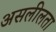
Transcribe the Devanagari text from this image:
असलीलता